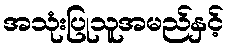
အသုံးပြုသူအမည်နှင့်